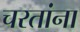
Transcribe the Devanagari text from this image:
चरतांना